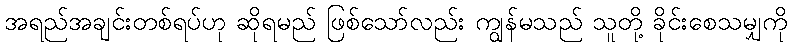
အရည်အချင်းတစ်ရပ်ဟု ဆိုရမည် ဖြစ်သော်လည်း ကျွန်မသည် သူတို့ ခိုင်းစေသမျှကို